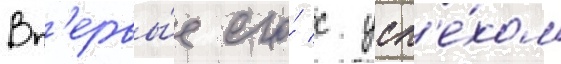
Вп'ервы́е его́ с усп'е́хом